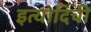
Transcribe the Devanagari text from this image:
इत्यादिंची